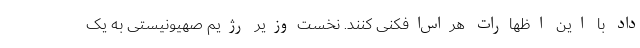
داد با این اظهارات هراس‌افکنی کنند. نخست‌وزیر رژیم صهیونیستی به یک